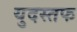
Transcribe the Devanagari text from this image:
युदस्तफ